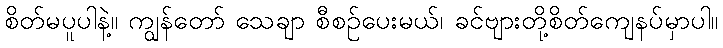
စိတ်မပူပါနဲ့။ ကျွန်တော် သေချာ စီစဉ်ပေးမယ်၊ ခင်ဗျားတို့စိတ်ကျေနပ်မှာပါ။